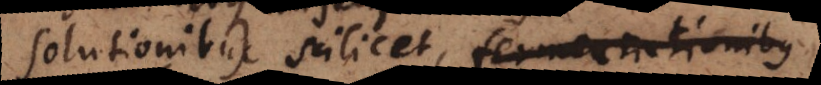
solutionibus scilicet, fermentationibus